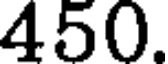
450.